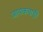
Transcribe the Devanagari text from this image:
जायकवाड़ी